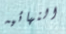
النهائيه